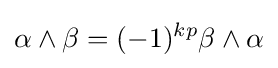
\alpha \wedge \beta =(-1)^{kp}\beta \wedge \alpha